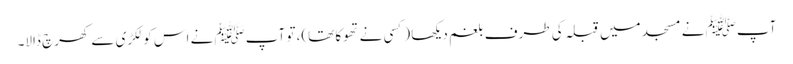
آپﷺ نے مسجد میں قبلہ کی طرف بلغم دیکھا (کسی نے تھوکا تھا)، تو آپﷺ نے اس کو لکڑی سے کھرچ ڈالا۔